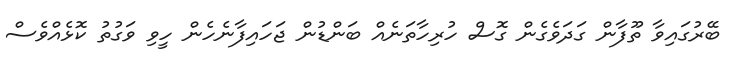
ބޭރުގައިވާ ތޫފާން ގަދަވެގެން ގޮސް ހުރިހާތަނެއް ބަންޑުން ޖަހައިފާނެހެން ހީވި ވަގުތު ކޮޅެއްވެސް